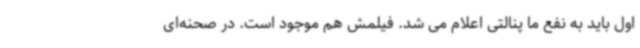
اول باید به نفع ما پنالتی اعلام می شد. فیلمش هم موجود است. در صحنه‌ای